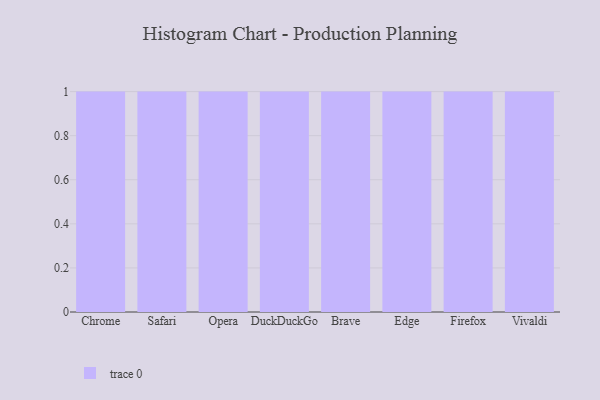
{"axis": {"x": "Browser", "y": "Budget (USD K)"}, "legend": [""], "data": [{"x": "Chrome", "y": 4, "type": ""}, {"x": "Safari", "y": 63, "type": ""}, {"x": "Opera", "y": 87, "type": ""}, {"x": "DuckDuckGo", "y": 94, "type": ""}, {"x": "Brave", "y": 51, "type": ""}, {"x": "Edge", "y": 80, "type": ""}, {"x": "Firefox", "y": 73, "type": ""}, {"x": "Vivaldi", "y": 10, "type": ""}]}